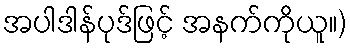
အပါဒါန်ပုဒ်ဖြင့် အနက်ကိုယူ။)